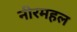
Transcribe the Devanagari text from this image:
नीरमहल